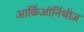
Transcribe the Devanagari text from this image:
आर्किऑर्निथीज़